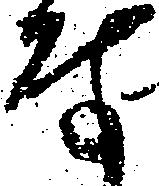
な